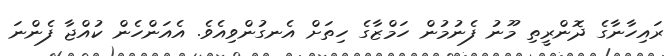
ރައިހާނާގެ ދޮންރީތި މޫނު ފެނުމުން ހަމްޒާގެ ހިތަށް އެނގުންވިއެވެ. އެއަންހެން ކުއްޖާ ފެންނަ